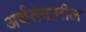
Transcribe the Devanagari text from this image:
अर्थतंत्रातील